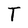
Character: T